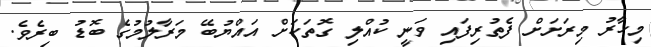
މިހާރު މިރަށަށް ފެތުރިފައި ވަނީ ކުއްލި ގޮތަކަށް އައްޔުބޭ މަރާލުމުގެ ބޮޑު ބިރެވެ.